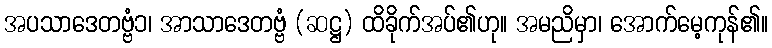
အပသာဒေတဗ္ဗံ၁၊ အာသာဒေတဗ္ဗံ (ဆဋ္ဌ) ထိခိုက်အပ်၏ဟု။ အမညိမှာ၊ အောက်မေ့ကုန်၏။